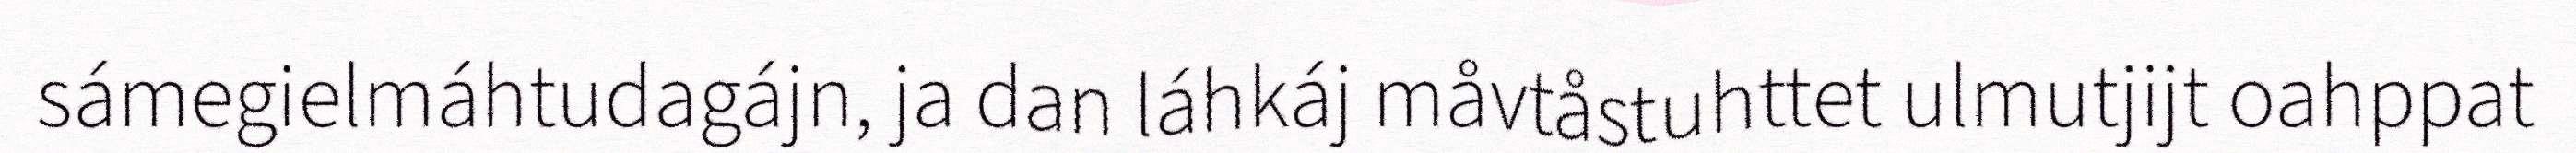
sámegielmáhtudagájn, ja dan láhkáj måvtåstuhttet ulmutjijt oahppat